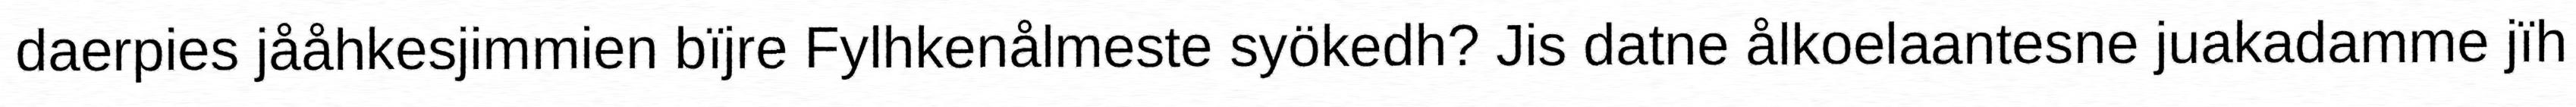
daerpies jååhkesjimmien bïjre Fylhkenålmeste syökedh? Jis datne ålkoelaantesne juakadamme jïh